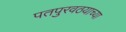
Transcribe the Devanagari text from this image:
पतपुरवठयाच्या